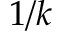
1 / k